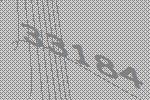
33184